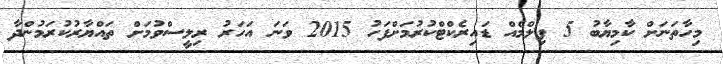
މިހާތަނަށް ކާމިޔާބު 5 ފިލްމެއް ޑައިރެކްޓްކުރުމަށްފަހު 2015 ވަނަ އަހަރު ރިލީސްވުމަށް ތައްޔާރުކުރަމުންދާ